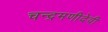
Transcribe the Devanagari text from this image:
चन्द्रमणीदेवी